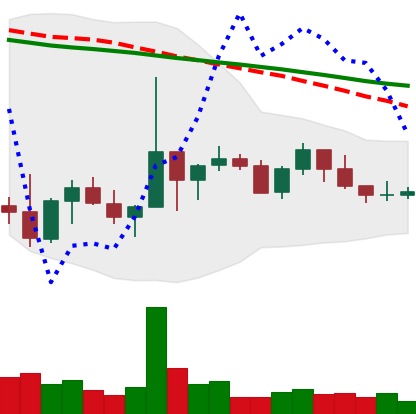
Ticker: NEO-USD
Chart end date: 2022-10-09
Forward return: -9.179%
Label: down_7plus